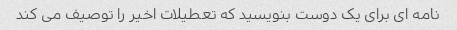
نامه ای برای یک دوست بنویسید که تعطیلات اخیر را توصیف می کند